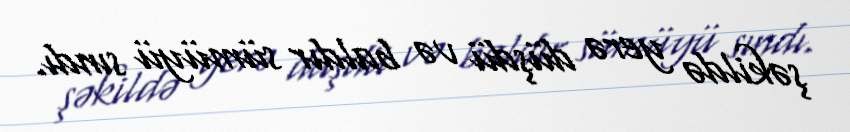
şəkildə yerə düşdü və baldır sümüyü sındı.